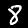
Label: 8